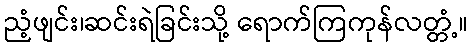
ညံ့ဖျင်း၊ဆင်းရဲခြင်းသို့ ရောက်ကြကုန်လတ္တံ့။